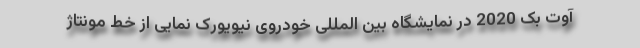
آوت بک 2020 در نمایشگاه بین المللی خودروی نیویورک نمایی از خط مونتاژ